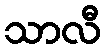
သာလီ